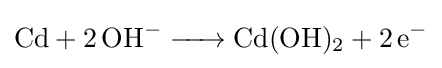
{\ce {Cd + 2OH^- -> Cd(OH)2 + 2e^-}}